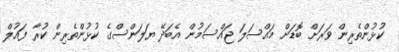
ކުޅުންތެރިން ވަރަށް ބޮޑަށް މައްސަލަ ޖައްސަމުން އެބަދޭ ޔަލަންސްގެ ކުޅުންތެރިން ކުރާ ފައުލް